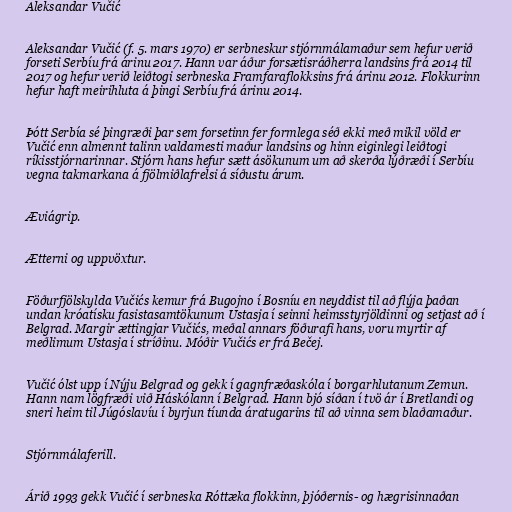
Aleksandar Vučić

Aleksandar Vučić (f. 5. mars 1970) er serbneskur stjórnmálamaður sem hefur verið
forseti Serbíu frá árinu 2017. Hann var áður forsætisráðherra landsins frá 2014 til
2017 og hefur verið leiðtogi serbneska Framfaraflokksins frá árinu 2012. Flokkurinn
hefur haft meirihluta á þingi Serbíu frá árinu 2014.

Þótt Serbía sé þingræði þar sem forsetinn fer formlega séð ekki með mikil völd er
Vučić enn almennt talinn valdamesti maður landsins og hinn eiginlegi leiðtogi
ríkisstjórnarinnar. Stjórn hans hefur sætt ásökunum um að skerða lýðræði í Serbíu
vegna takmarkana á fjölmiðlafrelsi á síðustu árum.

Æviágrip.

Ætterni og uppvöxtur.

Föðurfjölskylda Vučićs kemur frá Bugojno í Bosníu en neyddist til að flýja þaðan
undan króatísku fasistasamtökunum Ustasja í seinni heimsstyrjöldinni og setjast að í
Belgrad. Margir ættingjar Vučićs, meðal annars föðurafi hans, voru myrtir af
meðlimum Ustasja í stríðinu. Móðir Vučićs er frá Bečej.

Vučić ólst upp í Nýju Belgrad og gekk í gagnfræðaskóla í borgarhlutanum Zemun.
Hann nam lögfræði við Háskólann í Belgrad. Hann bjó síðan í tvö ár í Bretlandi og
sneri heim til Júgóslavíu í byrjun tíunda áratugarins til að vinna sem blaðamaður.

Stjórnmálaferill.

Árið 1993 gekk Vučić í serbneska Róttæka flokkinn, þjóðernis- og hægrisinnaðan